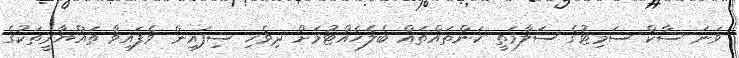
ވަނަ ސާކް ސަމިޓުގެ ސަލާމަތީ ކަންތައްތައް ބެލެހެއްޓުމަށް ދިވެހި ސިފައިން ވެފައިވާ ތައްޔާރީތަކުގެ